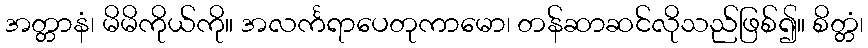
အတ္တာနံ၊ မိမိကိုယ်ကို။ အလင်္ကရာပေတုကာမော၊ တန်ဆာဆင်လိုသည်ဖြစ်၍။ စိတ္တံ၊